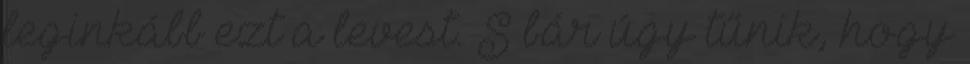
leginkább ezt a levest. S bár úgy tűnik, hogy